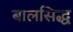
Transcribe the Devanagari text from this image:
बालसिद्ध